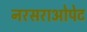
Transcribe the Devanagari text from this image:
नरसराओपेट